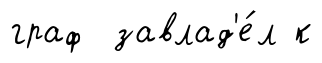
граф завлад'е́л к